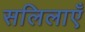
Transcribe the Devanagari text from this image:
सलिलाएँ